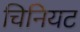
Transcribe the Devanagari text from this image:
चिनियट